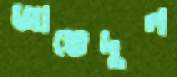
জাভেদুল